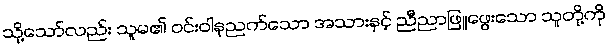
သို့သော်လည်း သူမ၏ ဝင်းဝါနုညက်သော အသားနှင့် ညီညာဖြူဖွေးသော သူတို့ကို